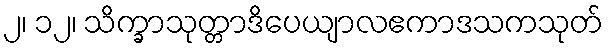
၂၊ ၁၂၊ သိက္ခာသုတ္တာဒိပေယျာလဧကာဒသကသုတ်